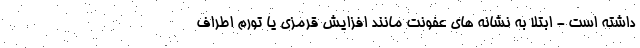
داشته است - ابتلا به نشانه های عفونت مانند افزایش قرمزی یا تورم اطراف